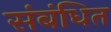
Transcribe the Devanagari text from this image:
संबंधित